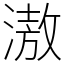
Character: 滶